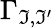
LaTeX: \Gamma_{\mathfrak{I},\mathfrak{I}^{\prime}}